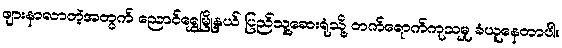
ဖျားနာလာတဲ့အတွက် ညောင်ရွှေမြို့နယ် ပြည်သူ့ဆေးရုံသို့ တက်ရောက်ကုသမှု ခံယူနေတာပါ။